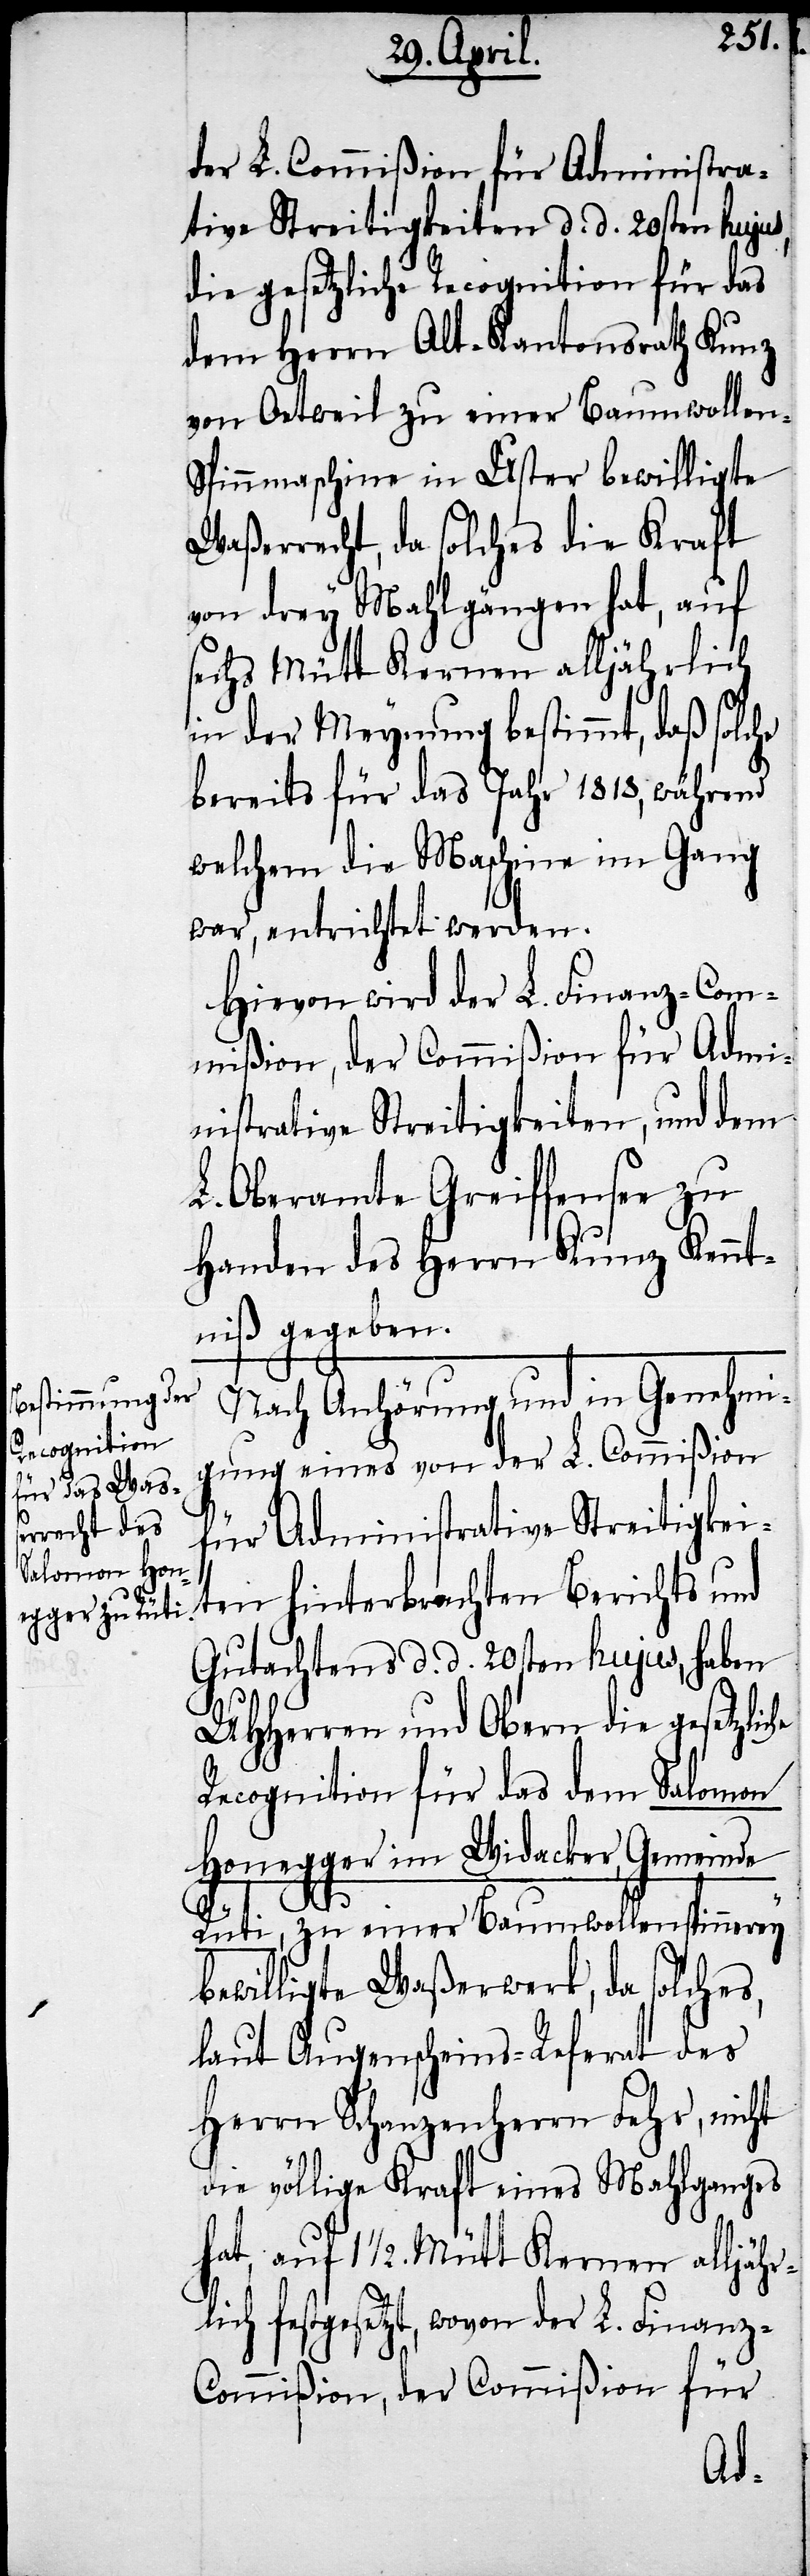
der L. Commißion für Administra¬
tive Streitigkeiten d. d. 20sten hujus
die gesetzliche Recognition für das
dem Herrn Alt-Kantonsrath Kunz
von Oetweil zu einer Baumwollen-S¬
pinnmaschine in Uster bewilligte
Waßerrecht, da solches die Kraft
von drey Mahlgängen hat, auf
sechs Mütt Kernen alljährlich
in der Meynung bestimmt, daß solche
bereits für das Jahr 1818, während
welchem die Maschine im Gang
war, entrichtet werden.
Hievon wird der L. Finanz-Com¬
mißion, der Commißion für Admi¬
nistrative Streitigkeiten, und dem
L. Oberamte Greiffensee zu
Handen des Herrn Kunz Kennt¬
niß gegeben.
Nach Anhörung und in Genehmi¬
gung eines von der L. Commißion
für Administrative Streitigkei¬
ten hinterbrachten Berichts und
Gutachtens d. d. 20sten hujus, haben
UHHerren und Obern die gesetzlic¬
Recognition für das dem Salomon
Honegger im Widacker, Gemeinde
he
Rüti, zu einer Baumwollenspinnerey
bewilligte Waßerwerk, da solches,
laut Augenscheins-Referat des
Herrn Schanzenherrn Fehr, nicht
die völlige Kraft eines Mahlganges
hat, auf 1 ½. Mütt Kernen alljähr¬
lich festgesetzt, wovon der L. Finanz-C¬
ommißion, der Commißion für